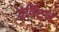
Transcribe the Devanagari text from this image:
हुर्विट्ज